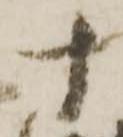
十